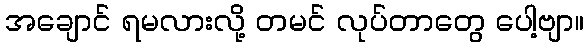
အချောင် ရမလားလို့ တမင် လုပ်တာတွေ ပေါ့ဗျာ။